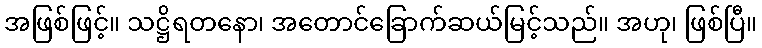
အဖြစ်ဖြင့်။ သဋ္ဌိရတနော၊ အတောင်ခြောက်ဆယ်မြင့်သည်။ အဟု၊ ဖြစ်ပြီ။